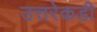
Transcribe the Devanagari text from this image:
उत्तरेकडी